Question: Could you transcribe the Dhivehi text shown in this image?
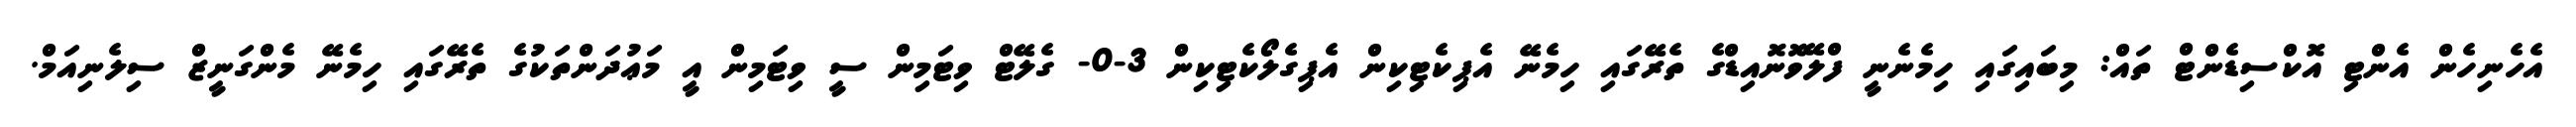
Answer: އެހެނިހެން އެންޓި އޮކްސިޑެންޓް ތައް: މިބައިގައި ހިމެނެނީ ފްލޭވޮނޮއިޑްގެ ތެރޭގައި ހިމެނޭ އެޕިކެޓިކިން އެޕިގެލޯކެޓިކިން 3-0- ގެލޭޓް ވިޓަމިން ސީ ވިޓަމިން އީ މަޢުދަންތަކުގެ ތެރޭގައި ހިމެނޭ މެންގަނީޒް ސިލެނިއަމް.